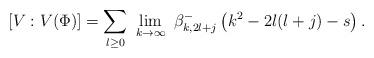
LaTeX: \begin{align*}[V:V(\Phi)] & = \sum_{l\ge 0}\ \lim_{k\to\infty}\ \beta^-_{k,2l+j}\left(k^2-2l(l+j)-s\right).\end{align*}